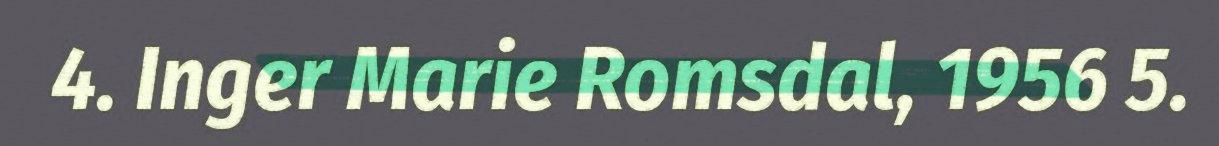
4. Inger Marie Romsdal, 1956 5.